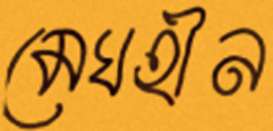
মেঘহীন